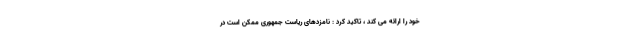
خود را ارائه می کند ، تاکید کرد : نامزدهای ریاست جمهوری ممکن است در